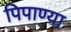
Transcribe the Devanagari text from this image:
पिपाण्या